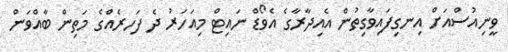
ވީނިއުސްއަށް އިނގިފައިވާގިތުން އެއިދާރާގެ އެވޯޑް ނައިޓް މިއަހަރު ދެ ފަަހރެއްގެ މަތިން ބާއްވަން